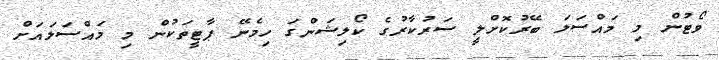
ވޯޓުން މި މައްސަލަ ބޭރުކޮށްލީ ސަރުކާރުގެ ކޯލިޝަންގަ ހިމެނޭ ޕާޓީތަކުން މި މައްސަލައަށް